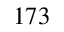
^ { 1 7 3 }